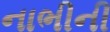
નાભીની